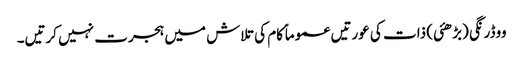
ووڈرنگی (بڑھئی) ذات کی عورتیں عموماً کام کی تلاش میں ہجرت نہیں کرتیں۔